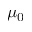
\mu _ { 0 }